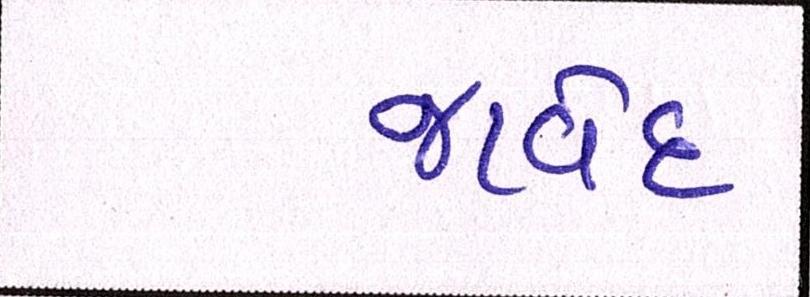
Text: જાવેદ